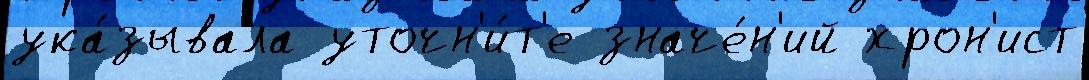
ука́зывала уточн'и́т'е значе́н'ий хрон'ист